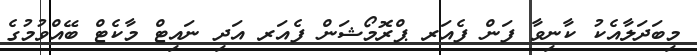
މިބަދަލާއެކު ކާނިވާ ފަން ފެއަރ ޕްރޮމޯޝަން ފެއަރ އަދި ނައިޓް މާކެޓް ބޭއްވުމުގެ